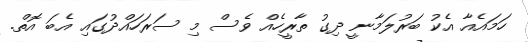
ހަމައެއާ އެކު ބަރުލަމާނީ ދިގު ތާރީހެއް ވެސް މި ސަރަހައްދުގައި އެބަ އޮތް.